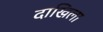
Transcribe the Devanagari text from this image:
दाखिला